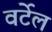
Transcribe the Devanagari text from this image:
वर्टेल